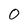
Character: O